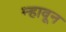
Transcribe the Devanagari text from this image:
न्हावून